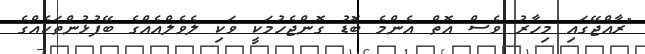
"ރާއްޖޭގައި މިހާރު ވެސް އޮތް އެންމެ ބޮޑު ގޮންޖެހުމަކީ ވަކި ލެވެލްއެއްގެ ބޭފުޅުންތަކެއްގެ